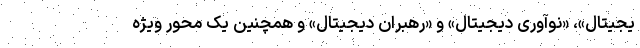
یجیتال»، «نوآوری دیجیتال» و «رهبران دیجیتال» و همچنین یک محور ویژه